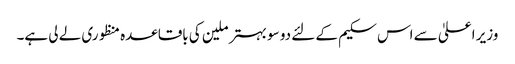
وزیر اعلیٰ سے اس سکیم کے لئے دو سو بہتر ملین کی باقاعدہ منظوری لے لی ہے۔